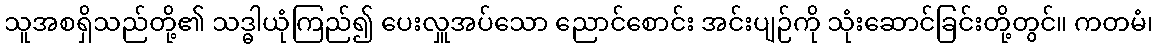
သူအစရှိသည်တို့၏ သဒ္ဓါယုံကြည်၍ ပေးလှူအပ်သော ညောင်စောင်း အင်းပျဉ်ကို သုံးဆောင်ခြင်းတို့တွင်။ ကတမံ၊